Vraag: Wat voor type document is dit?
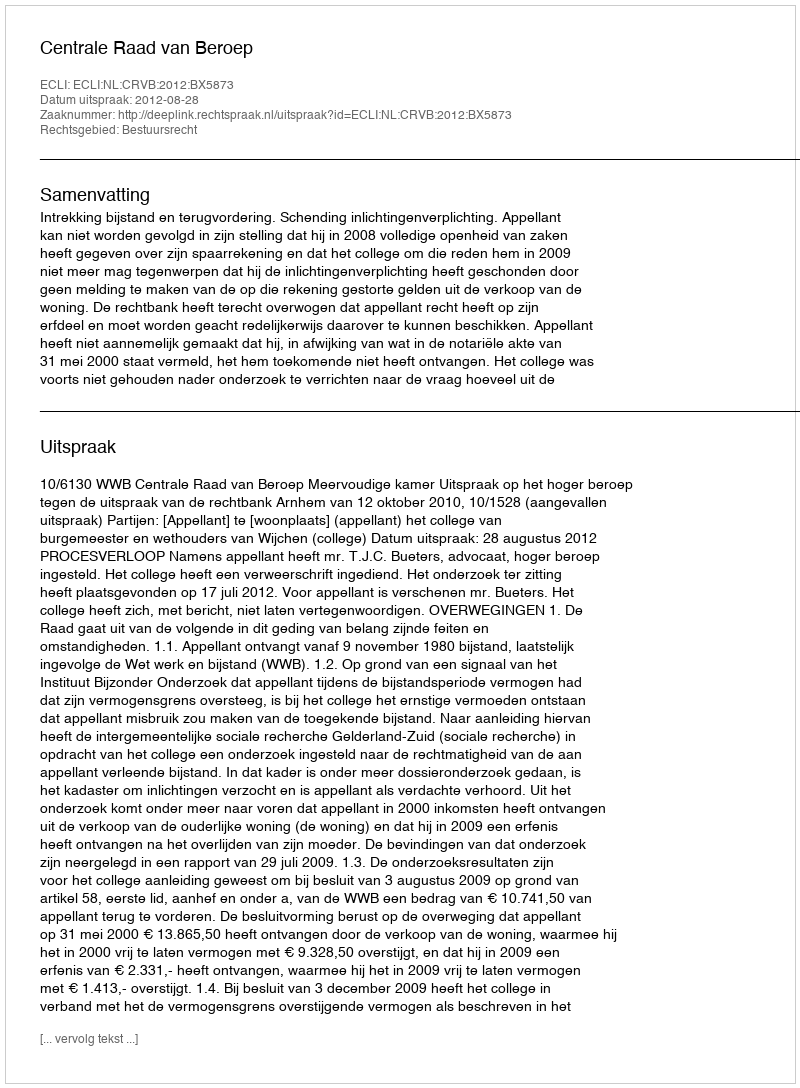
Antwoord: Uitspraak